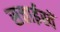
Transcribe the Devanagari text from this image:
सत्ताईस्वें